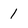
Character: 1